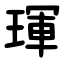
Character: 琿